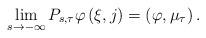
LaTeX: \begin{align*}\mathop {\lim }\limits_{s \to - \infty } P_{s,\tau } \varphi \left( {\xi ,j} \right) = \left( {\varphi ,\mu _\tau } \right).\end{align*}